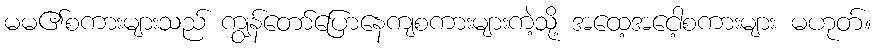
မမ၏စကားများသည် ကျွန်တော်ပြောနေကျစကားများကဲ့သို့ အထေ့အငေါ့စကားများ မဟုတ်။